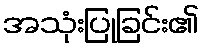
အသုံးပြုခြင်း၏